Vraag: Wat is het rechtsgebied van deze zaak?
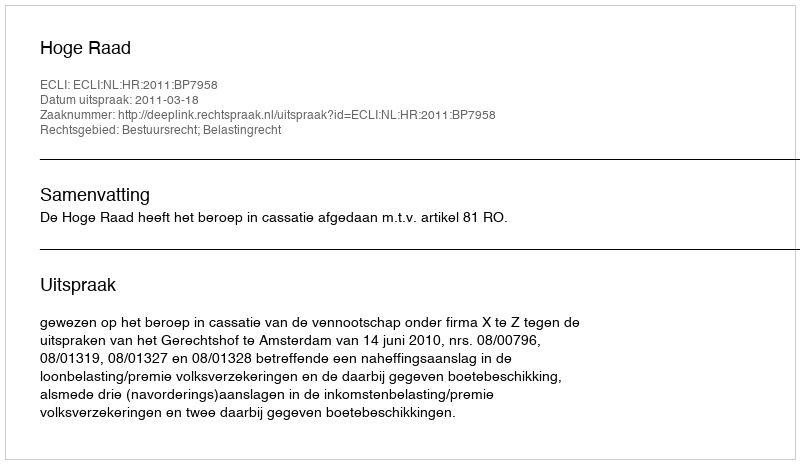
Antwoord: Bestuursrecht; Belastingrecht